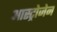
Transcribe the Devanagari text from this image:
आस्ट्रोजेन